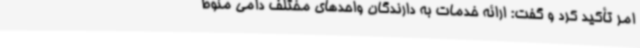
امر تأکید کرد و گفت: ارائه خدمات به دارندگان واحدهای مختلف دامی منوط